Annual statistical returns and brief notes on vaccination in Bengal - 1896-1909
Year: 1896
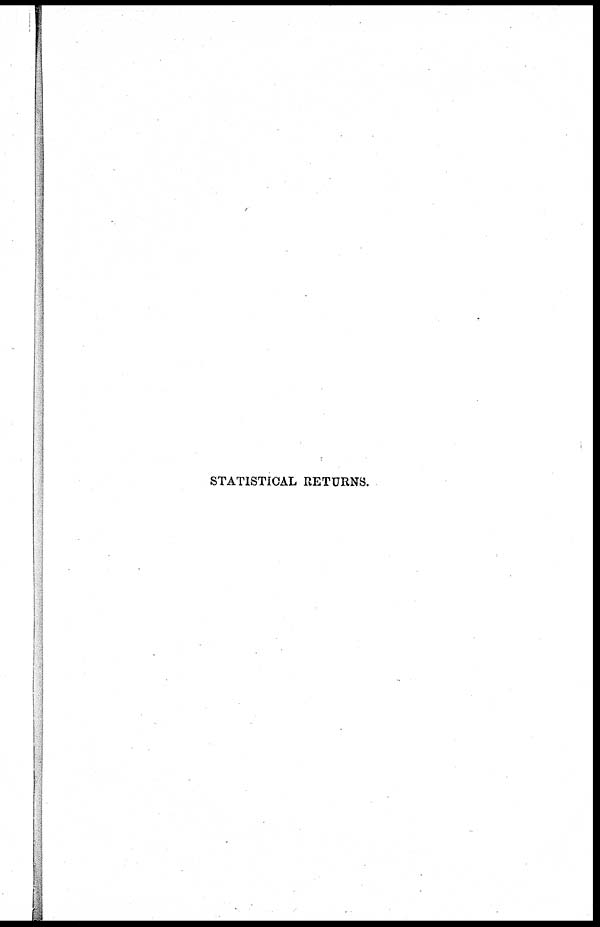
STATISTICAL RETURNS.